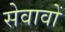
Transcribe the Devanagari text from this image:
सेवावों